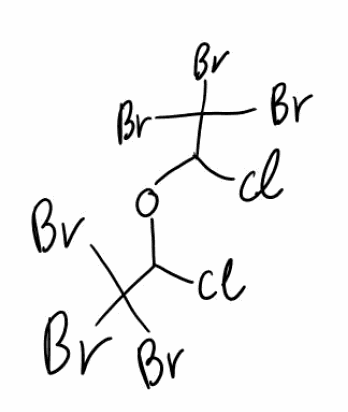
Simplified molecular-input line-entry system (SMILES) notation of the given molecule:
C(C(Br)(Br)Br)(OC(C(Br)(Br)Br)Cl)Cl